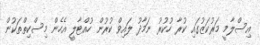
އިސްލާމީ މަރުކަޒުގައި ކުރާ ހުކުރު ނަމާދު ލައިވް ކުރުން ހުއްޓާލީ އެހެން މިސްކިތްތަކުން